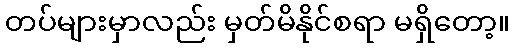
တပ်များမှာလည်း မှတ်မိနိုင်စရာ မရှိတော့။